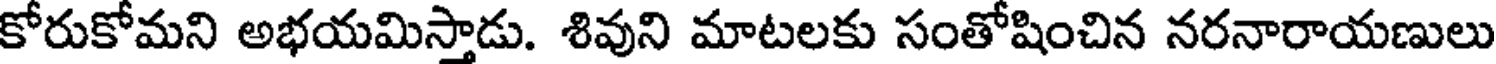
కోరుకోమని అభయమిస్తాడు. శివుని మాటలకు సంతోషించిన నరనారాయణులు